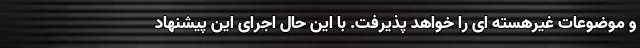
و موضوعات غیرهسته ای را خواهد پذیرفت. با این حال اجرای این پیشنهاد